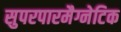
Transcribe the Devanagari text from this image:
सुपरपारमैग्नेटिक